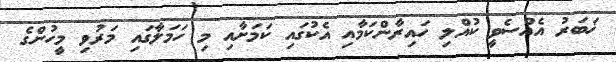
ޚަބަރު އެއްސެވީ ކުއްލި ހައިރާންކަމާއި އެކުގައި ކަމަށާއި މި ހަމަލާގައި މަރުވި މީހުންގެ